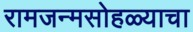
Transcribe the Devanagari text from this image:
रामजन्मसोहळ्याचा